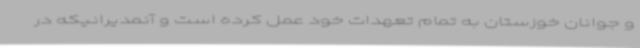
و جوانان خوزستان به تمام تعهدات خود عمل کرده است و آنمدیرانیکه در